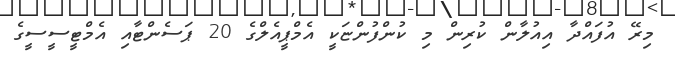
މިރޭ އުފައްދާ އިއުލާން ކުރިން މި ކުންފުންޏަކީ އެމްޕީއެލްގެ 20 ޕަސެންޓާއި އެމްޓީސީސީގެ